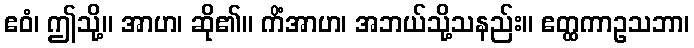
ဧဝံ၊ ဤသို့။ အာဟ၊ ဆို၏။ ကိံအာဟ၊ အဘယ်သို့သနည်း။ ဧတ္ထကာဥသဘာ၊